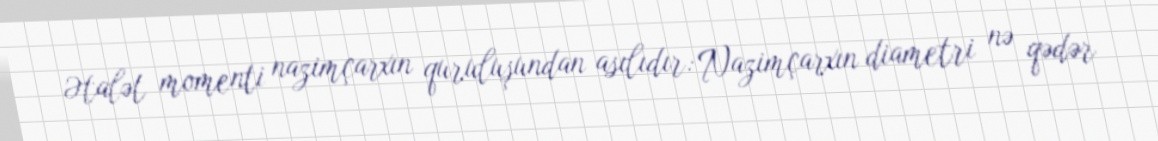
Ətalət momenti nazimçarxın quruluşundan asılıdır: Nazimçarxın diametri nə qədər